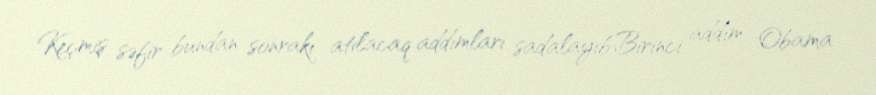
Keçmiş səfir bundan sonrakı atılacaq addımları sadalayıb:Birinci addım Obama